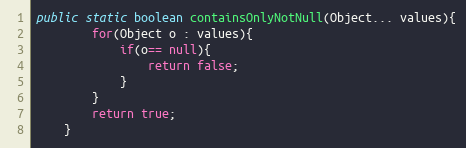
Language: Java
public static boolean containsOnlyNotNull(Object... values){
		for(Object o : values){
			if(o== null){
				return false;
			}
		}
		return true;
	}